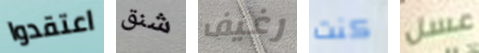
اعتقدوا شنق رغيف كنت عسل